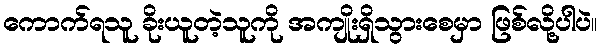
ကောက်ရသူ ခိုးယူတဲ့သူကို အကျိုးရှိသွားစေမှာ ဖြစ်လို့ပါပဲ။